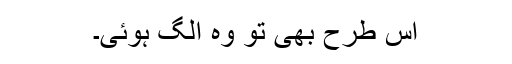
اس طرح بھی تو وہ الگ ہوئی۔